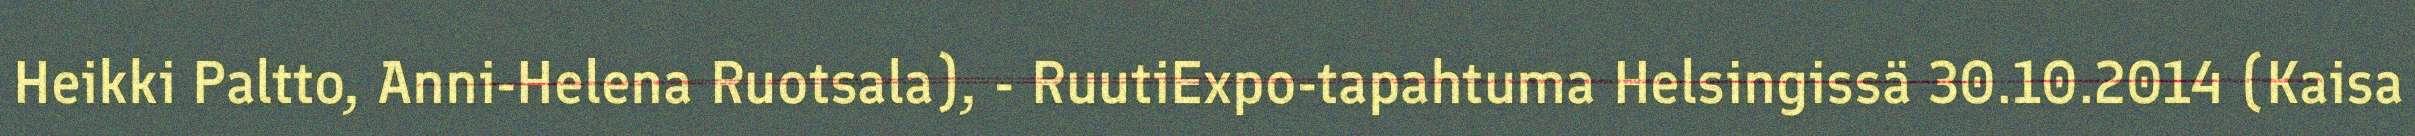
Heikki Paltto, Anni-Helena Ruotsala), - RuutiExpo-tapahtuma Helsingissä 30.10.2014 (Kaisa